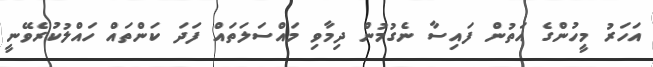
އަހަރު މީހުންގެ އަތުން ފައިސާ ނެގުމުން ދިމާވި މައްސަލަތައް ފަދަ ކަންތައް ހައްލުކުރެވޭނީ